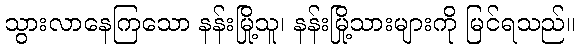
သွားလာနေကြသော နန်းမြို့သူ၊ နန်းမြို့သားများကို မြင်ရသည်။